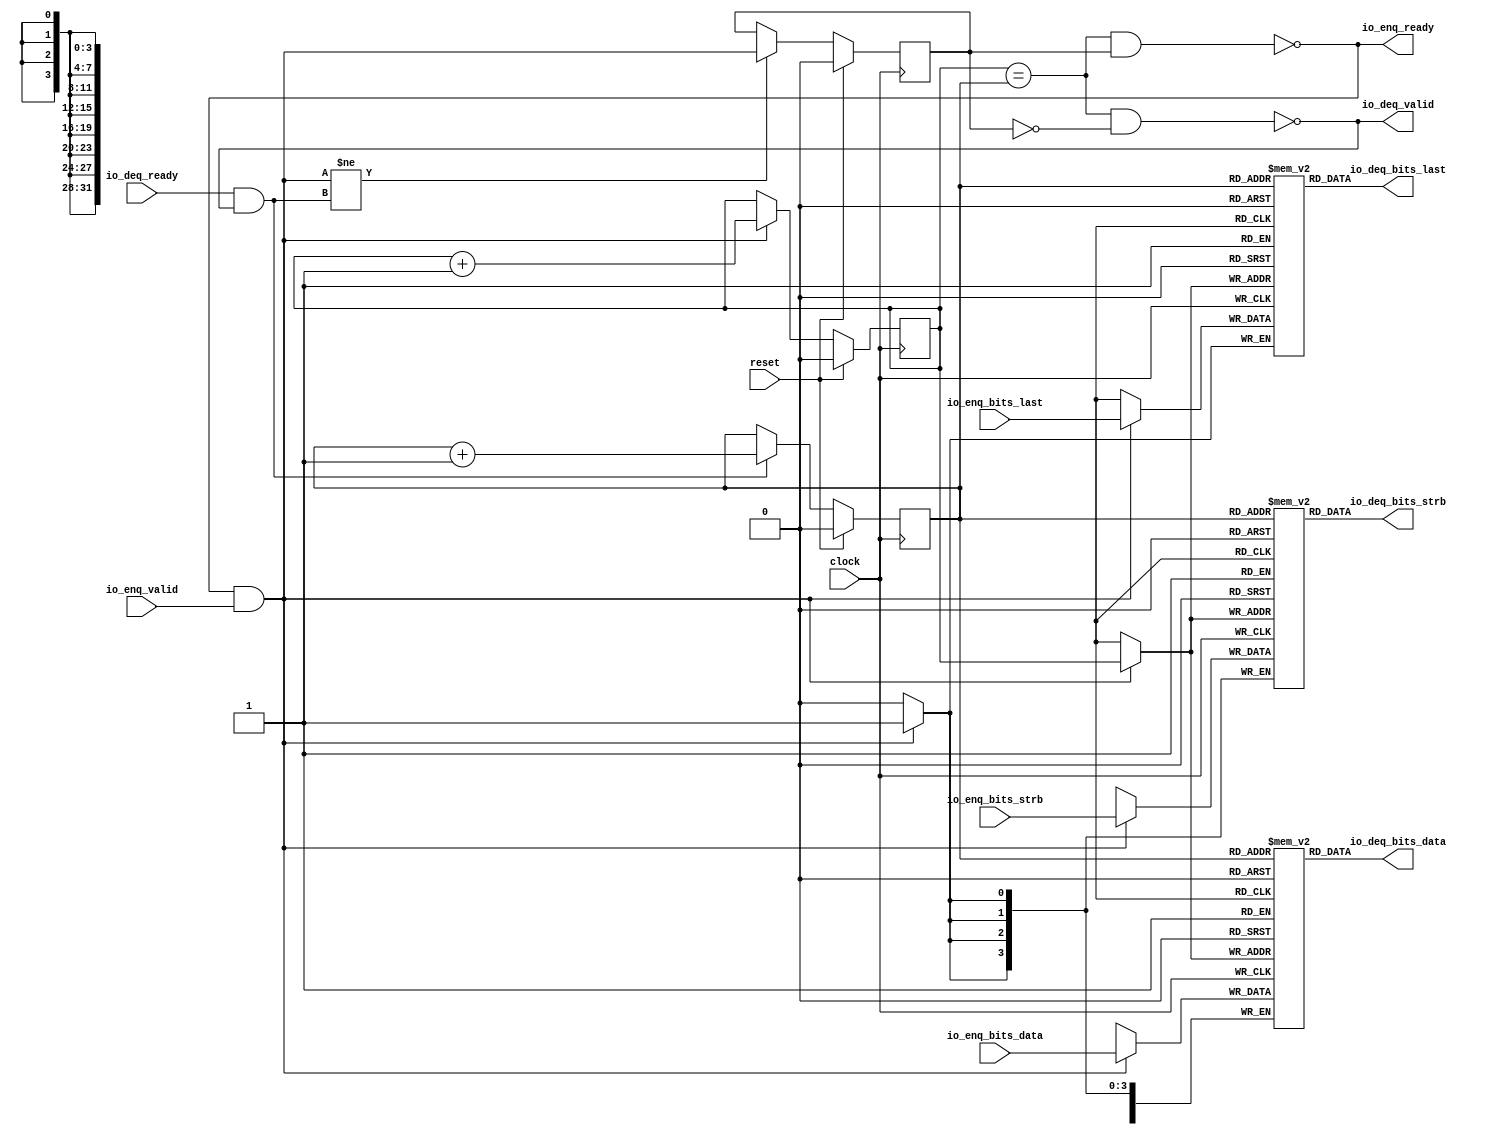
module Queue_1( // @[:freechips.rocketchip.system.DefaultRV32Config.fir@22417.2]
  input         clock, // @[:freechips.rocketchip.system.DefaultRV32Config.fir@22418.4]
  input         reset, // @[:freechips.rocketchip.system.DefaultRV32Config.fir@22419.4]
  output        io_enq_ready, // @[:freechips.rocketchip.system.DefaultRV32Config.fir@22420.4]
  input         io_enq_valid, // @[:freechips.rocketchip.system.DefaultRV32Config.fir@22420.4]
  input  [31:0] io_enq_bits_data, // @[:freechips.rocketchip.system.DefaultRV32Config.fir@22420.4]
  input  [3:0]  io_enq_bits_strb, // @[:freechips.rocketchip.system.DefaultRV32Config.fir@22420.4]
  input         io_enq_bits_last, // @[:freechips.rocketchip.system.DefaultRV32Config.fir@22420.4]
  input         io_deq_ready, // @[:freechips.rocketchip.system.DefaultRV32Config.fir@22420.4]
  output        io_deq_valid, // @[:freechips.rocketchip.system.DefaultRV32Config.fir@22420.4]
  output [31:0] io_deq_bits_data, // @[:freechips.rocketchip.system.DefaultRV32Config.fir@22420.4]
  output [3:0]  io_deq_bits_strb, // @[:freechips.rocketchip.system.DefaultRV32Config.fir@22420.4]
  output        io_deq_bits_last // @[:freechips.rocketchip.system.DefaultRV32Config.fir@22420.4]
);
`ifdef RANDOMIZE_MEM_INIT
  reg [31:0] _RAND_0;
  reg [31:0] _RAND_1;
  reg [31:0] _RAND_2;
`endif // RANDOMIZE_MEM_INIT
`ifdef RANDOMIZE_REG_INIT
  reg [31:0] _RAND_3;
  reg [31:0] _RAND_4;
  reg [31:0] _RAND_5;
`endif // RANDOMIZE_REG_INIT
  reg [31:0] ram_data [0:1]; // @[Decoupled.scala 209:16:freechips.rocketchip.system.DefaultRV32Config.fir@22422.4]
  wire [31:0] ram_data__T_15_data; // @[Decoupled.scala 209:16:freechips.rocketchip.system.DefaultRV32Config.fir@22422.4]
  wire  ram_data__T_15_addr; // @[Decoupled.scala 209:16:freechips.rocketchip.system.DefaultRV32Config.fir@22422.4]
  wire [31:0] ram_data__T_5_data; // @[Decoupled.scala 209:16:freechips.rocketchip.system.DefaultRV32Config.fir@22422.4]
  wire  ram_data__T_5_addr; // @[Decoupled.scala 209:16:freechips.rocketchip.system.DefaultRV32Config.fir@22422.4]
  wire  ram_data__T_5_mask; // @[Decoupled.scala 209:16:freechips.rocketchip.system.DefaultRV32Config.fir@22422.4]
  wire  ram_data__T_5_en; // @[Decoupled.scala 209:16:freechips.rocketchip.system.DefaultRV32Config.fir@22422.4]
  reg [3:0] ram_strb [0:1]; // @[Decoupled.scala 209:16:freechips.rocketchip.system.DefaultRV32Config.fir@22422.4]
  wire [3:0] ram_strb__T_15_data; // @[Decoupled.scala 209:16:freechips.rocketchip.system.DefaultRV32Config.fir@22422.4]
  wire  ram_strb__T_15_addr; // @[Decoupled.scala 209:16:freechips.rocketchip.system.DefaultRV32Config.fir@22422.4]
  wire [3:0] ram_strb__T_5_data; // @[Decoupled.scala 209:16:freechips.rocketchip.system.DefaultRV32Config.fir@22422.4]
  wire  ram_strb__T_5_addr; // @[Decoupled.scala 209:16:freechips.rocketchip.system.DefaultRV32Config.fir@22422.4]
  wire  ram_strb__T_5_mask; // @[Decoupled.scala 209:16:freechips.rocketchip.system.DefaultRV32Config.fir@22422.4]
  wire  ram_strb__T_5_en; // @[Decoupled.scala 209:16:freechips.rocketchip.system.DefaultRV32Config.fir@22422.4]
  reg  ram_last [0:1]; // @[Decoupled.scala 209:16:freechips.rocketchip.system.DefaultRV32Config.fir@22422.4]
  wire  ram_last__T_15_data; // @[Decoupled.scala 209:16:freechips.rocketchip.system.DefaultRV32Config.fir@22422.4]
  wire  ram_last__T_15_addr; // @[Decoupled.scala 209:16:freechips.rocketchip.system.DefaultRV32Config.fir@22422.4]
  wire  ram_last__T_5_data; // @[Decoupled.scala 209:16:freechips.rocketchip.system.DefaultRV32Config.fir@22422.4]
  wire  ram_last__T_5_addr; // @[Decoupled.scala 209:16:freechips.rocketchip.system.DefaultRV32Config.fir@22422.4]
  wire  ram_last__T_5_mask; // @[Decoupled.scala 209:16:freechips.rocketchip.system.DefaultRV32Config.fir@22422.4]
  wire  ram_last__T_5_en; // @[Decoupled.scala 209:16:freechips.rocketchip.system.DefaultRV32Config.fir@22422.4]
  reg  _T; // @[Counter.scala 29:33:freechips.rocketchip.system.DefaultRV32Config.fir@22423.4]
  reg  _T_1; // @[Counter.scala 29:33:freechips.rocketchip.system.DefaultRV32Config.fir@22424.4]
  reg  maybe_full; // @[Decoupled.scala 212:27:freechips.rocketchip.system.DefaultRV32Config.fir@22425.4]
  wire  ptr_match; // @[Decoupled.scala 214:33:freechips.rocketchip.system.DefaultRV32Config.fir@22426.4]
  wire  _T_2; // @[Decoupled.scala 215:28:freechips.rocketchip.system.DefaultRV32Config.fir@22427.4]
  wire  empty; // @[Decoupled.scala 215:25:freechips.rocketchip.system.DefaultRV32Config.fir@22428.4]
  wire  full; // @[Decoupled.scala 216:24:freechips.rocketchip.system.DefaultRV32Config.fir@22429.4]
  wire  do_enq; // @[Decoupled.scala 40:37:freechips.rocketchip.system.DefaultRV32Config.fir@22430.4]
  wire  do_deq; // @[Decoupled.scala 40:37:freechips.rocketchip.system.DefaultRV32Config.fir@22433.4]
  wire  _T_8; // @[Counter.scala 39:22:freechips.rocketchip.system.DefaultRV32Config.fir@22443.6]
  wire  _T_11; // @[Counter.scala 39:22:freechips.rocketchip.system.DefaultRV32Config.fir@22449.6]
  wire  _T_12; // @[Decoupled.scala 227:16:freechips.rocketchip.system.DefaultRV32Config.fir@22452.4]
  assign ram_data__T_15_addr = _T_1;
  assign ram_data__T_15_data = ram_data[ram_data__T_15_addr]; // @[Decoupled.scala 209:16:freechips.rocketchip.system.DefaultRV32Config.fir@22422.4]
  assign ram_data__T_5_data = io_enq_bits_data;
  assign ram_data__T_5_addr = _T;
  assign ram_data__T_5_mask = 1'h1;
  assign ram_data__T_5_en = io_enq_ready & io_enq_valid;
  assign ram_strb__T_15_addr = _T_1;
  assign ram_strb__T_15_data = ram_strb[ram_strb__T_15_addr]; // @[Decoupled.scala 209:16:freechips.rocketchip.system.DefaultRV32Config.fir@22422.4]
  assign ram_strb__T_5_data = io_enq_bits_strb;
  assign ram_strb__T_5_addr = _T;
  assign ram_strb__T_5_mask = 1'h1;
  assign ram_strb__T_5_en = io_enq_ready & io_enq_valid;
  assign ram_last__T_15_addr = _T_1;
  assign ram_last__T_15_data = ram_last[ram_last__T_15_addr]; // @[Decoupled.scala 209:16:freechips.rocketchip.system.DefaultRV32Config.fir@22422.4]
  assign ram_last__T_5_data = io_enq_bits_last;
  assign ram_last__T_5_addr = _T;
  assign ram_last__T_5_mask = 1'h1;
  assign ram_last__T_5_en = io_enq_ready & io_enq_valid;
  assign ptr_match = _T == _T_1; // @[Decoupled.scala 214:33:freechips.rocketchip.system.DefaultRV32Config.fir@22426.4]
  assign _T_2 = ~maybe_full; // @[Decoupled.scala 215:28:freechips.rocketchip.system.DefaultRV32Config.fir@22427.4]
  assign empty = ptr_match & _T_2; // @[Decoupled.scala 215:25:freechips.rocketchip.system.DefaultRV32Config.fir@22428.4]
  assign full = ptr_match & maybe_full; // @[Decoupled.scala 216:24:freechips.rocketchip.system.DefaultRV32Config.fir@22429.4]
  assign do_enq = io_enq_ready & io_enq_valid; // @[Decoupled.scala 40:37:freechips.rocketchip.system.DefaultRV32Config.fir@22430.4]
  assign do_deq = io_deq_ready & io_deq_valid; // @[Decoupled.scala 40:37:freechips.rocketchip.system.DefaultRV32Config.fir@22433.4]
  assign _T_8 = _T + 1'h1; // @[Counter.scala 39:22:freechips.rocketchip.system.DefaultRV32Config.fir@22443.6]
  assign _T_11 = _T_1 + 1'h1; // @[Counter.scala 39:22:freechips.rocketchip.system.DefaultRV32Config.fir@22449.6]
  assign _T_12 = do_enq != do_deq; // @[Decoupled.scala 227:16:freechips.rocketchip.system.DefaultRV32Config.fir@22452.4]
  assign io_enq_ready = ~full; // @[Decoupled.scala 232:16:freechips.rocketchip.system.DefaultRV32Config.fir@22459.4]
  assign io_deq_valid = ~empty; // @[Decoupled.scala 231:16:freechips.rocketchip.system.DefaultRV32Config.fir@22457.4]
  assign io_deq_bits_data = ram_data__T_15_data; // @[Decoupled.scala 233:15:freechips.rocketchip.system.DefaultRV32Config.fir@22463.4]
  assign io_deq_bits_strb = ram_strb__T_15_data; // @[Decoupled.scala 233:15:freechips.rocketchip.system.DefaultRV32Config.fir@22462.4]
  assign io_deq_bits_last = ram_last__T_15_data; // @[Decoupled.scala 233:15:freechips.rocketchip.system.DefaultRV32Config.fir@22461.4]
`ifdef RANDOMIZE_GARBAGE_ASSIGN
`define RANDOMIZE
`endif
`ifdef RANDOMIZE_INVALID_ASSIGN
`define RANDOMIZE
`endif
`ifdef RANDOMIZE_REG_INIT
`define RANDOMIZE
`endif
`ifdef RANDOMIZE_MEM_INIT
`define RANDOMIZE
`endif
`ifndef RANDOM
`define RANDOM $random
`endif
`ifdef RANDOMIZE_MEM_INIT
  integer initvar;
`endif
`ifndef SYNTHESIS
`ifdef FIRRTL_BEFORE_INITIAL
`FIRRTL_BEFORE_INITIAL
`endif
initial begin
  `ifdef RANDOMIZE
    `ifdef INIT_RANDOM
      `INIT_RANDOM
    `endif
    `ifndef VERILATOR
      `ifdef RANDOMIZE_DELAY
        #`RANDOMIZE_DELAY begin end
      `else
        #0.002 begin end
      `endif
    `endif
`ifdef RANDOMIZE_MEM_INIT
  _RAND_0 = {1{`RANDOM}};
  for (initvar = 0; initvar < 2; initvar = initvar+1)
    ram_data[initvar] = _RAND_0[31:0];
  _RAND_1 = {1{`RANDOM}};
  for (initvar = 0; initvar < 2; initvar = initvar+1)
    ram_strb[initvar] = _RAND_1[3:0];
  _RAND_2 = {1{`RANDOM}};
  for (initvar = 0; initvar < 2; initvar = initvar+1)
    ram_last[initvar] = _RAND_2[0:0];
`endif // RANDOMIZE_MEM_INIT
`ifdef RANDOMIZE_REG_INIT
  _RAND_3 = {1{`RANDOM}};
  _T = _RAND_3[0:0];
  _RAND_4 = {1{`RANDOM}};
  _T_1 = _RAND_4[0:0];
  _RAND_5 = {1{`RANDOM}};
  maybe_full = _RAND_5[0:0];
`endif // RANDOMIZE_REG_INIT
  `endif // RANDOMIZE
end // initial
`ifdef FIRRTL_AFTER_INITIAL
`FIRRTL_AFTER_INITIAL
`endif
`endif // SYNTHESIS
  always @(posedge clock) begin
    if(ram_data__T_5_en & ram_data__T_5_mask) begin
      ram_data[ram_data__T_5_addr] <= ram_data__T_5_data; // @[Decoupled.scala 209:16:freechips.rocketchip.system.DefaultRV32Config.fir@22422.4]
    end
    if(ram_strb__T_5_en & ram_strb__T_5_mask) begin
      ram_strb[ram_strb__T_5_addr] <= ram_strb__T_5_data; // @[Decoupled.scala 209:16:freechips.rocketchip.system.DefaultRV32Config.fir@22422.4]
    end
    if(ram_last__T_5_en & ram_last__T_5_mask) begin
      ram_last[ram_last__T_5_addr] <= ram_last__T_5_data; // @[Decoupled.scala 209:16:freechips.rocketchip.system.DefaultRV32Config.fir@22422.4]
    end
    if (reset) begin
      _T <= 1'h0;
    end else if (do_enq) begin
      _T <= _T_8;
    end
    if (reset) begin
      _T_1 <= 1'h0;
    end else if (do_deq) begin
      _T_1 <= _T_11;
    end
    if (reset) begin
      maybe_full <= 1'h0;
    end else if (_T_12) begin
      maybe_full <= do_enq;
    end
  end
endmodule